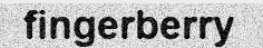
fingerberry